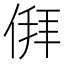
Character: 𬾳